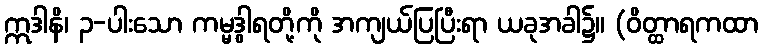
ဣဒါနိ၊ ၃-ပါးသော ကမ္မဒွါရတို့ကို အကျယ်ပြပြီးရာ ယခုအခါ၌။ (ဝိတ္ထာရကထာ